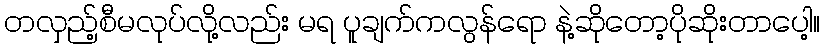
တလှည့်စီမလုပ်လို့လည်း မရ ပူချက်ကလွန်ရော နဲ့ဆိုတော့ပိုဆိုးတာပေါ့။